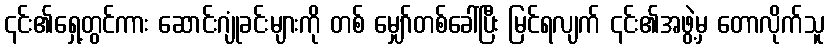
၎င်း၏ရှေ့တွင်ကား ဆောင်းဂျုံခင်းများကို တစ် မျှော်တစ်ခေါ်ပြီး မြင်ရလျက် ၎င်း၏အဖွဲ့မှ တောလိုက်သူ